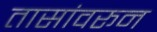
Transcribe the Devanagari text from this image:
तासांवरून